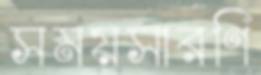
সময়সারণি